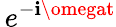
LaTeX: \, e^{-\mathbf{i}\omegat}